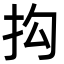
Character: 抅